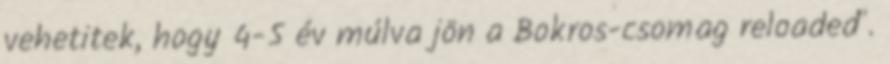
vehetitek, hogy 4-5 év múlva jön a Bokros-csomag reloaded".